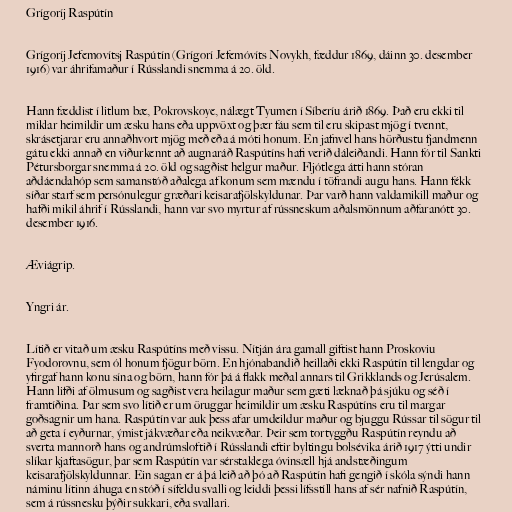
Grígoríj Raspútín

Grígoríj Jefemovítsj Raspútín (Grígorí Jefemóvíts Novykh, fæddur 1869, dáinn 30. desember
1916) var áhrifamaður í Rússlandi snemma á 20. öld.

Hann fæddist í litlum bæ, Pokrovskoye, nálægt Tyumen í Síberíu árið 1869. Það eru ekki til
miklar heimildir um æsku hans eða uppvöxt og þær fáu sem til eru skipast mjög í tvennt,
skrásetjarar eru annaðhvort mjög með eða á móti honum. En jafnvel hans hörðustu fjandmenn
gátu ekki annað en viðurkennt að augnaráð Raspútíns hafi verið dáleiðandi. Hann fór til Sankti
Pétursborgar snemma á 20. öld og sagðist helgur maður. Fljótlega átti hann stóran
aðdáendahóp sem samanstóð aðalega af konum sem mændu í töfrandi augu hans. Hann fékk
síðar starf sem persónulegur græðari keisarafjölskyldunar. Þar varð hann valdamikill maður og
hafði mikil áhrif í Rússlandi, hann var svo myrtur af rússneskum aðalsmönnum aðfaranótt 30.
desember 1916.

Æviágrip.

Yngri ár.

Lítið er vitað um æsku Raspútíns með vissu. Nítján ára gamall giftist hann Proskoviu
Fyodorovnu, sem ól honum fjögur börn. En hjónabandið heillaði ekki Raspútín til lengdar og
yfirgaf hann konu sína og börn, hann fór þá á flakk meðal annars til Grikklands og Jerúsalem.
Hann lifði af ölmusum og sagðist vera heilagur maður sem gæti læknað þá sjúku og séð í
framtíðina. Þar sem svo lítið er um öruggar heimildir um æsku Raspútíns eru til margar
goðsagnir um hana. Raspútín var auk þess afar umdeildur maður og bjuggu Rússar til sögur til
að geta í eyðurnar, ýmist jákvæðar eða neikvæðar. Þeir sem tortyggðu Raspútín reyndu að
sverta mannorð hans og andrúmsloftið í Rússlandi eftir byltingu bolsévika árið 1917 ýtti undir
slíkar kjaftasögur, þar sem Raspútín var sérstaklega óvinsæll hjá andstæðingum
keisarafjölskyldunnar. Ein sagan er á þá leið að þó að Raspútín hafi gengið í skóla sýndi hann
náminu lítinn áhuga en stóð í sífeldu svalli og leiddi þessi lífsstíll hans af sér nafnið Raspútín,
sem á rússnesku þýðir sukkari, eða svallari.